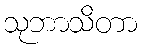
သုဘာသိတာ